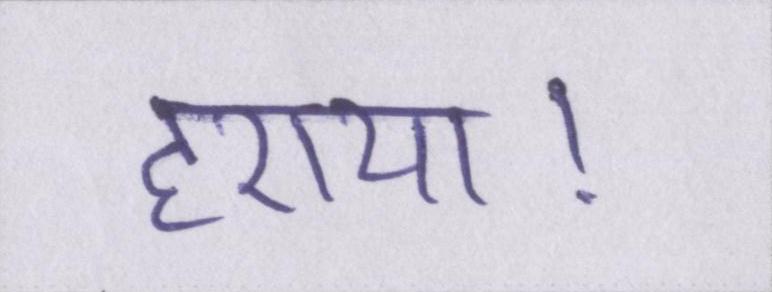
हराया।